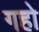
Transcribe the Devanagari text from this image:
गहो